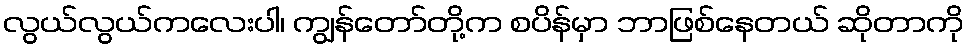
လွယ်လွယ်ကလေးပါ၊ ကျွန်တော်တို့က စပိန်မှာ ဘာဖြစ်နေတယ် ဆိုတာကို